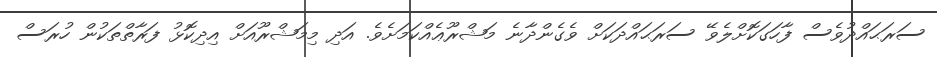
ސަރަޙައްދުވެސް ފާހަގަކޮށްލެވޭ ސަރަޙައްދަކަށް ވެގެންދާނެ މަޝްރޫޢެއްކަމަށެވެ. އަދި މިމަޝްރޫއަށް އިދިކޮޅު ފަރާތްތަކުން ހުރަސް